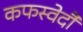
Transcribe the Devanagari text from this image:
कफस्वेदौ